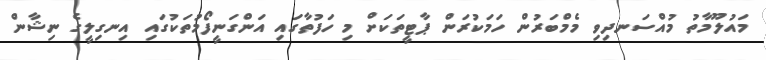
މައުލޫމާތު މުއްސަނދިވި މެމްބަރުން ހަމަކުރަން ޕާޓީތަކަށް މި ހަފުތާގައި އަންގަނީފޯމުތަކުގައި އިނގިލީގެ ނިޝާން